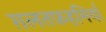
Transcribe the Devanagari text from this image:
ग़लतफ़हमियाँ